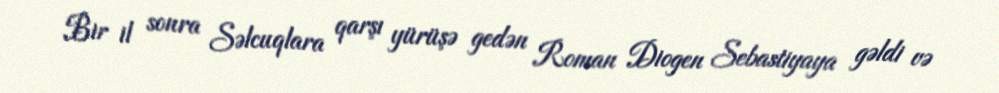
Bir il sonra Səlcuqlara qarşı yürüşə gedən Roman Diogen Sebastiyaya gəldi və